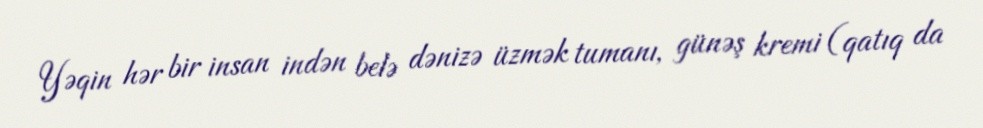
Yəqin hər bir insan indən belə dənizə üzmək tumanı, günəş kremi (qatıq da